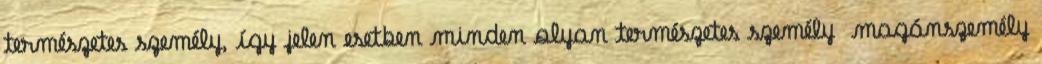
természetes személy, így jelen esetben minden olyan természetes személy magánszemély